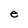
Character: e